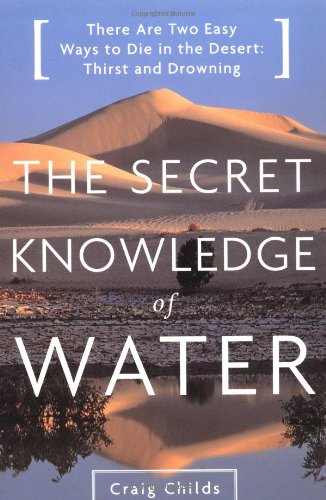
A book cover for The Secret Knowledge of Water : Discovering the Essence of the American Desert; Craig Childs; Science & Math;